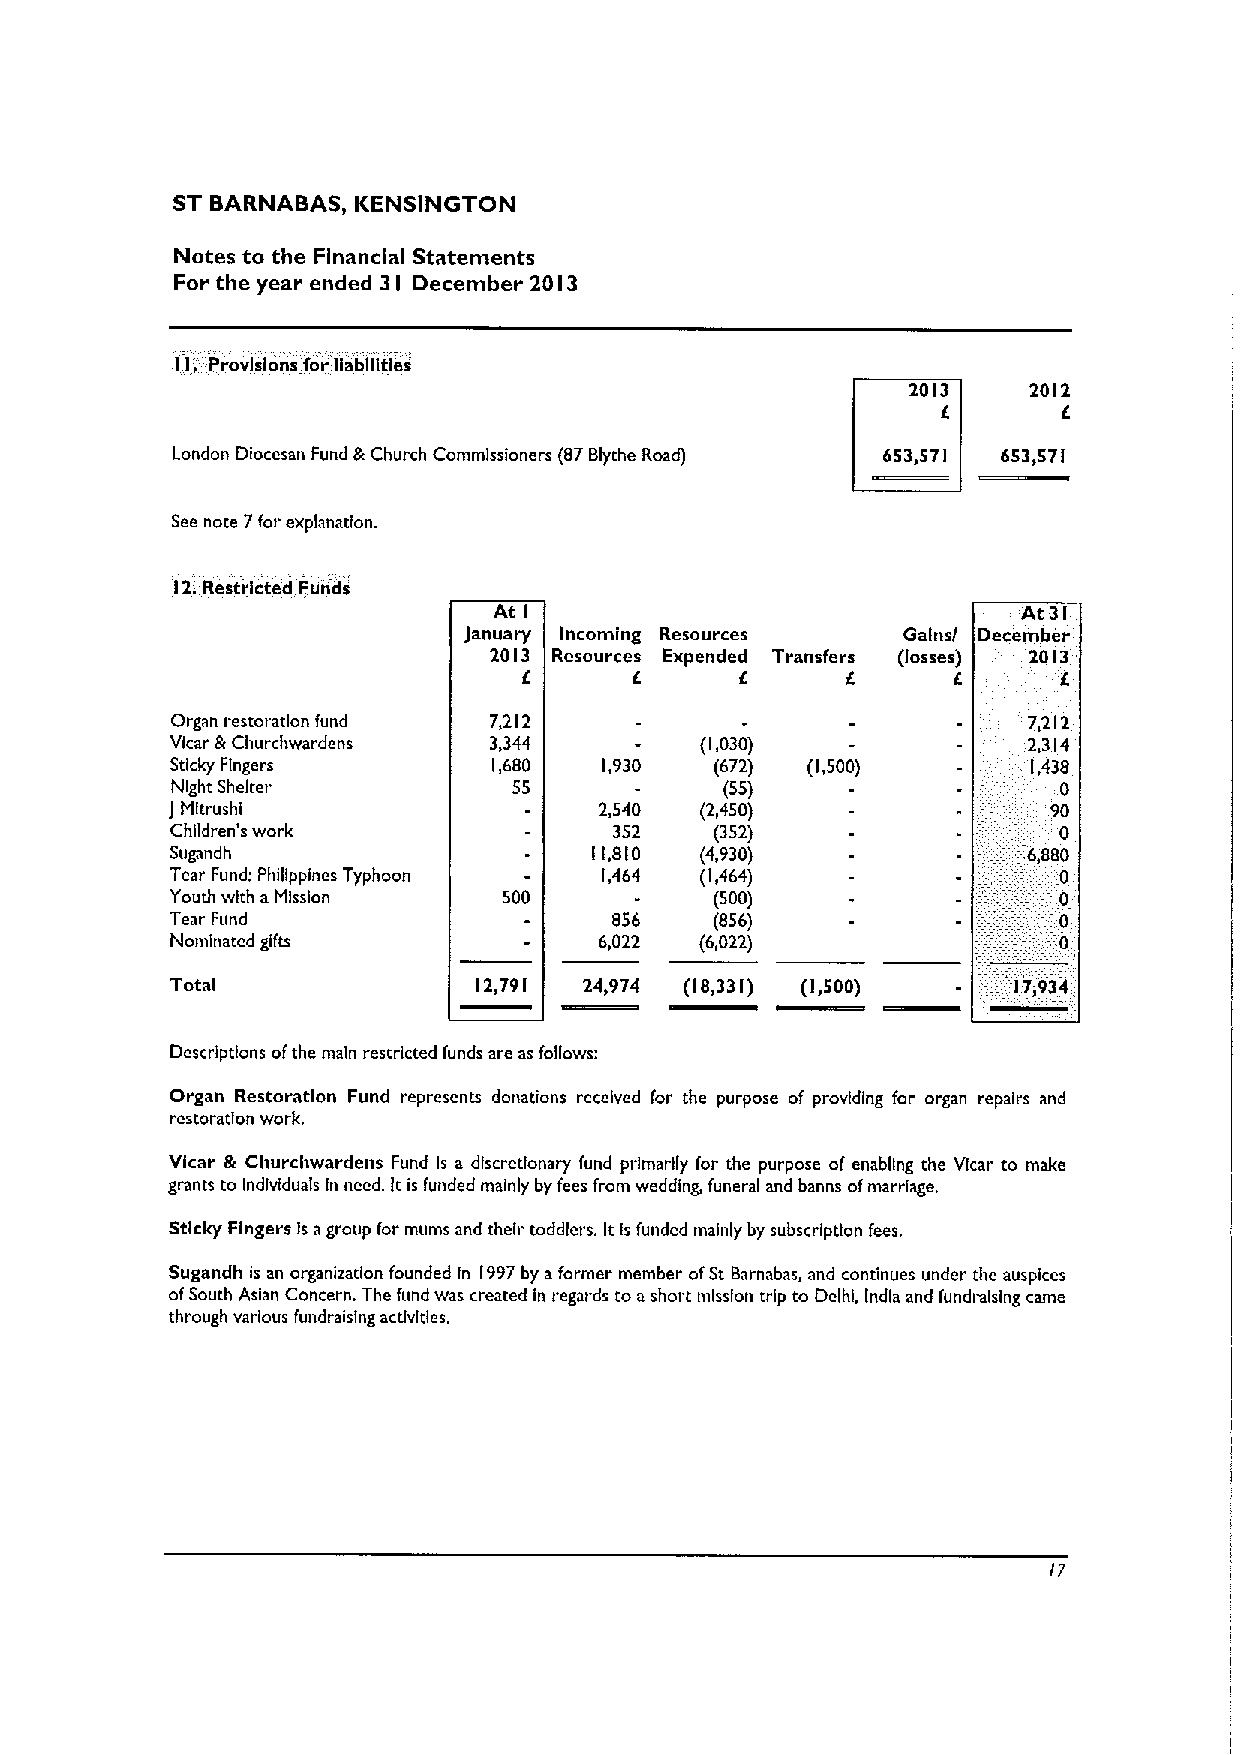
ST BARNABAS, KENSINGTON
 Notes to the Financial Statements
 For the year ended 3 December 20 3
 I          I
 II, Provisions for liabilities
 2013    2012
 E
 London Diocesan Fund &Church Commissioners (87Blythe Road) 653,571 653&571
 See note 7for explanation.
 12.Restricted Funds
 At I                               At 31
 January Incoming Resources   Gains/ December
 2013 Resources Expended Transfers (losses) 2013.
 E             E
 Organ restomtlon fund 7,212                              7,212
 Vicar &Churchwardens 3,344         (1,030)               2,314
 Sticky Fingers        1,680  1,930  (672) (1,500)        1,438
 Night Shelter          55            (55)                  0
 J Mltrushi                   2,540 (2,450)                 90
 Children's work               352   (352)                  0
 Sugandh                     11,810 (4,930)               6,880
 Tear Fund: Philippines Typhoon 1,464 (1,464)               0
 Youth with aMission   500           (500)                  0
 Tear Fund                     856   (856)                  0
 Nominated gifts              6,022 (6,022)                 0
 Total               12,791  24&974 (18,331) (1,500)     17&934
 Descriptions ofthe main restricted funds are as fogows:
 Organ Restoration Fund represents donations received for the purpose of providing for organ repairs and
 restoration work.
 Vicar & Chur«hwardens Fund Is a discretionary fund primarily for the purpose of enabling the Vicar to make
 grants to Individuals In need, Itis funded mainly by fees (rom wedding, funeral and banns ofmarriage.
 Sticky Fingers Isagroup for mums and their toddlers. ItIsfunded mainly by subscription fees.
 Sugandh is an organization founded In 1997by aformer member ofSt Barnabas, and continues under the auspices
 ofSouth Asian Concern. The fund was created In regards to ashort mission trip to Delhi, India and fundmlslng «arne
 through various fundraising acdvltles.